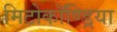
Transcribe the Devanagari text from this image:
मिटोकॉण्ड्रिया